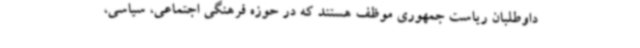
داوطلبان ریاست جمهوری موظف هستند که در حوزه فرهنگی اجتماعی، سیاسی،